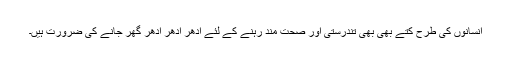
انسانوں کی طرح کتے بھی بھی تندرستی اور صحت مند رہنے کے لئے ادھر ادھر ادھر گھر جانے کی ضرورت ہیں۔